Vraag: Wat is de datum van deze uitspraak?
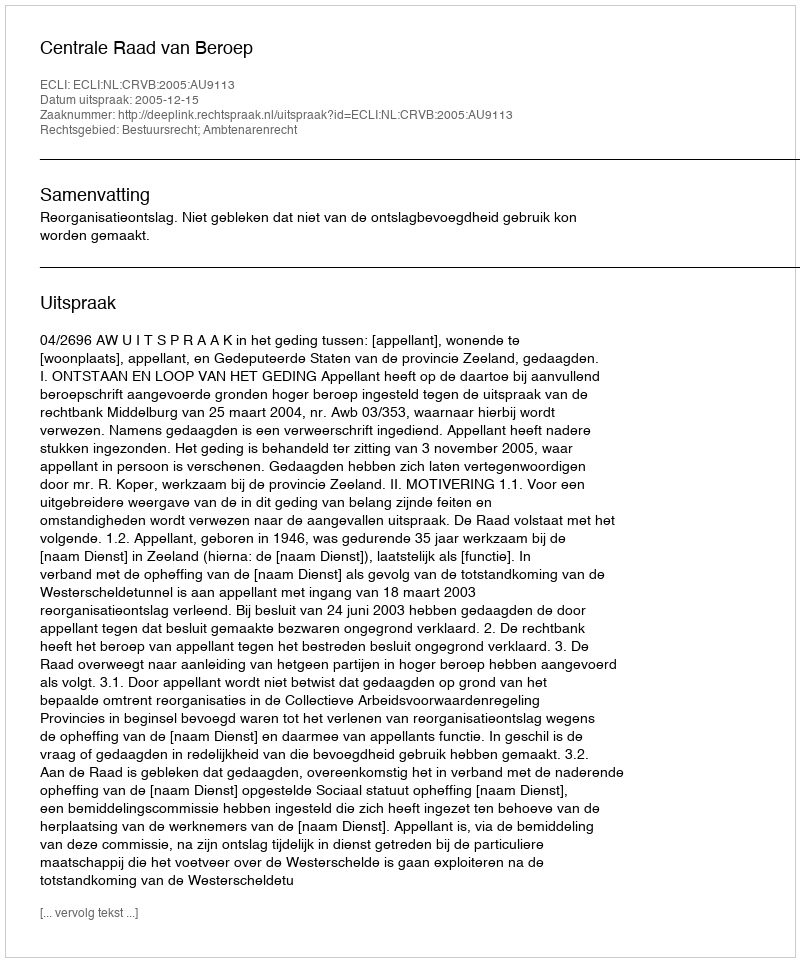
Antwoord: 2005-12-15